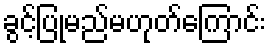
ခွင့်ပြုမည်မဟုတ်ကြောင်း